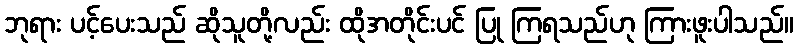
ဘုရား ပင့်ပေးသည် ဆိုသူတို့လည်း ထိုအတိုင်းပင် ပြု ကြရသည်ဟု ကြားဖူးပါသည်။